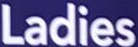
Ladies